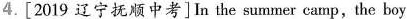
4.[2019 辽宁抚顺中考]In the summer camp,the boy